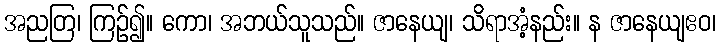
အညတြ၊ ကြဉ်၍။ ကော၊ အဘယ်သူသည်။ ဇာနေယျ၊ သိရာအံ့နည်း။ န ဇာနေယျဧဝ၊